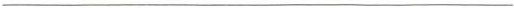
___